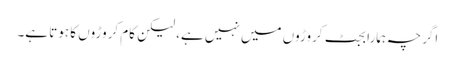
اگرچہ ہمارا بجٹ کروڑوں میں نہیں ہے، لیکن کام کروڑوں کا ہوتا ہے۔